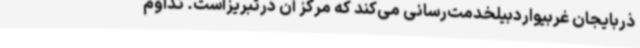
ذربایجان غربیواردبیلخدمت‌رسانی می‌کند که مرکز آن درتبریزاست. تداوم